Notes on vaccination in the North-West Frontier Province 1923-1928 - 1923-1928
Year: 1923
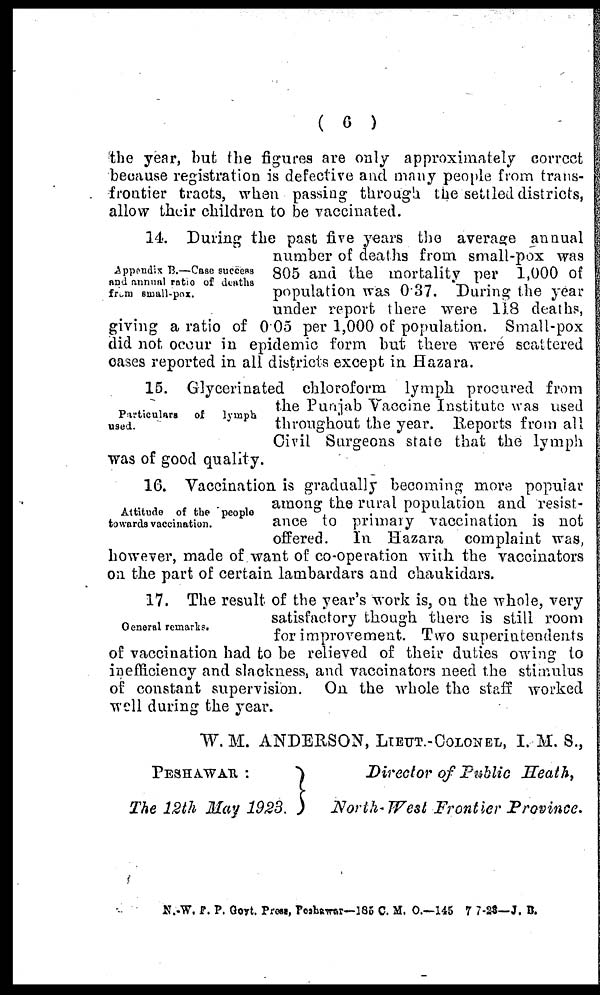
( 6 )
the year, but the figures are only approximately correct
because registration is defective and many people from trans-
frontier tracts, when passing through the settled districts,
allow their children to be vaccinated.
Apppndix B.—Case success
and annual ratio of deaths
from small-pox.
14. During the past five years the average annual
number of deaths from small-pox was
805 and the mortality per 1,000 of
population was 0.37. During the year
under report there were 118 deaths,
giving a ratio of 0.05 per 1,000 of population. Small-pox
did not occur in epidemic form but there were scattered
cases reported in all districts except in Hazara.
Particulars
of
lymph
used.
15. Glycerinated chloroform lymph procured from
the Punjab Vaccine Institute was used
throughout the year. Reports from all
Civil Surgeons state that the lymph
was of good quality.
Attitude of the people
towards vaccination.
16. Vaccination is gradually becoming more popular
among the rural population and resist-
ance to primary vaccination is not
offered.
In Hazara complaint was,
however, made of want of co-operation with the vaccinators
on the part of certain lambardars and chaukidars.
General remarks.
17. The result of the year's work is, on the whole, very
satisfactory though there is still room
for improvement. Two superintendents
of vaccination had to be relieved of their duties owing to
inefficiency and slackness, and vaccinators need the stimulus
of constant supervision. On the whole the staff worked
well during the year.
W. M. ANDERSON, LIEUT.-COLONEL, I. M. S.,
PESHAWAR :
The 12th May 1923.
Director of Public Heath,
North-West Frontier Province.